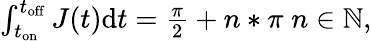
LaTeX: \begin{array}{r}{\int_{t_{\mathrm{on}}}^{t_{\mathrm{off}}}J(t)\mathrm dt=\frac{\pi}{2}+n*\pi\; n\in\mathbb{N},}\end{array}